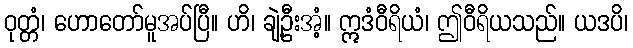
ဝုတ္တံ၊ ဟောတော်မူအပ်ပြီ။ ဟိ၊ ချဲ့ဦးအံ့။ ဣဒံဝီရိယံ၊ ဤဝီရိယသည်။ ယဒပိ၊